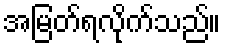
အမြတ်ရလိုက်သည်။